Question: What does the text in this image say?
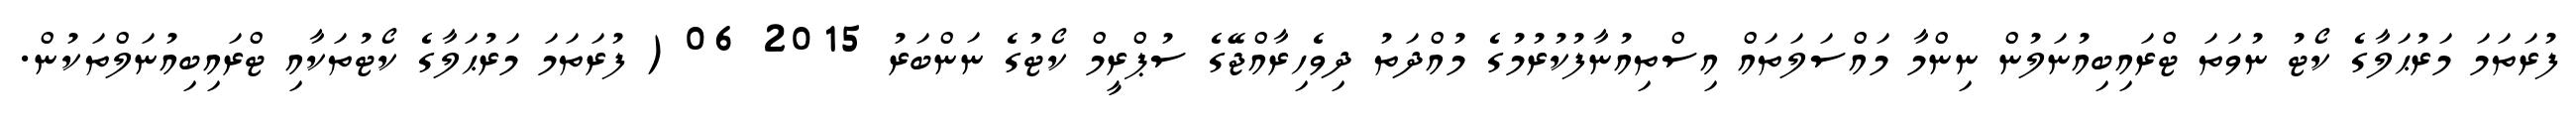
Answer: ފުރަތަމަ މަރުޙަލާގެ ކޯޓު ނުވަތަ ޓްރައިބިއުނަލުން ނިންމާ މައްސަލަތައް އިސްތިއުނާފުކުރުމުގެ މުއްދަތު ދިވެހިރާއްޖޭގެ ސުޕްރީމް ކޯޓުގެ ނަންބަރު 2015 06 ( ފުރަތަމަ މަރުޙަލާގެ ކޯޓުތަކާއި ޓްރައިބިއުނަލްތަކުން.